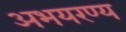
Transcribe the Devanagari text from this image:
अभयरण्य